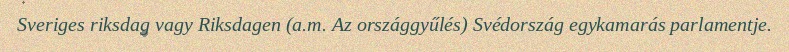
Sveriges riksdag vagy Riksdagen (a.m. Az országgyűlés) Svédország egykamarás parlamentje.